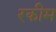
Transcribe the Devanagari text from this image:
रकीम